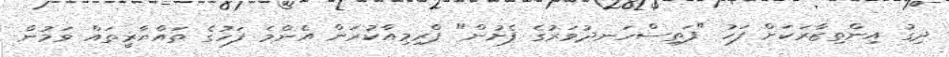
ދިގު އިންތިޒާރަކަށް ފަހު "ފަތިސްހަނދުވަރުގެ ފެށުން" ޕްރިމިއާކުރަން އެންމެ ފަހުގެ ތައްޔާރީތައް ވަމުން